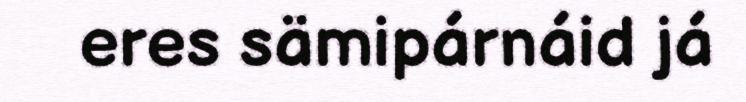
eres sämipárnáid já